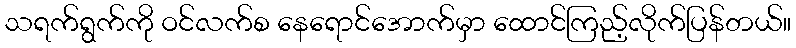
သရက်ရွက်ကို ဝင်လက်စ နေရောင်အောက်မှာ ထောင်ကြည့်လိုက်ပြန်တယ်။